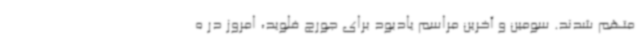
متهم شدند. سومین و آخرین مراسم یادبود برای جورج فلوید، امروز در ه